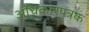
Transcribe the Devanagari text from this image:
अधिकारपत्रक